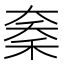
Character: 𱶇